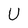
Character: U